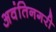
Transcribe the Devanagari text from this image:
अवंतिनगरी